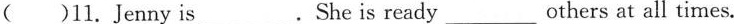
( )11.J enny is___.She is ready___others at all times.